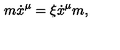
m \dot { x } ^ { \mu } = \xi \dot { x } ^ { \mu } m ,